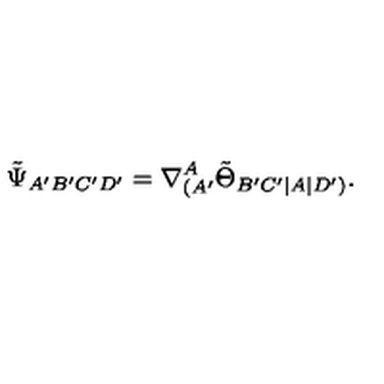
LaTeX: \tilde { \Psi } _ { A ^ { \prime } B ^ { \prime } C ^ { \prime } D ^ { \prime } } = \nabla _ { ( A ^ { \prime } } ^ { A } \tilde { \Theta } _ { B ^ { \prime } C ^ { \prime } | A | D ^ { \prime } ) } .